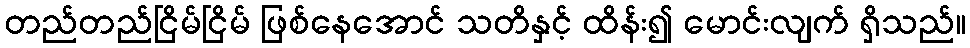
တည်တည်ငြိမ်ငြိမ် ဖြစ်နေအောင် သတိနှင့် ထိန်း၍ မောင်းလျက် ရှိသည်။